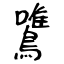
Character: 鷕